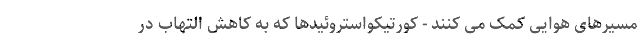
مسیرهای هوایی کمک می کنند - کورتیکواستروئیدها که به کاهش التهاب در